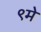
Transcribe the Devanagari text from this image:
९मे